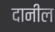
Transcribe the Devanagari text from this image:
दानील